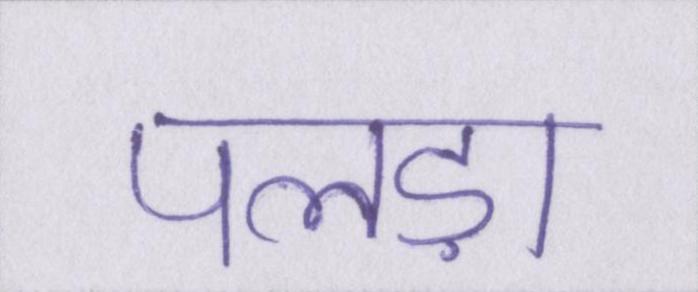
पलड़ा